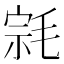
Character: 𰚠